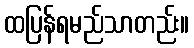
ထပြန်ရမည်သာတည်း။